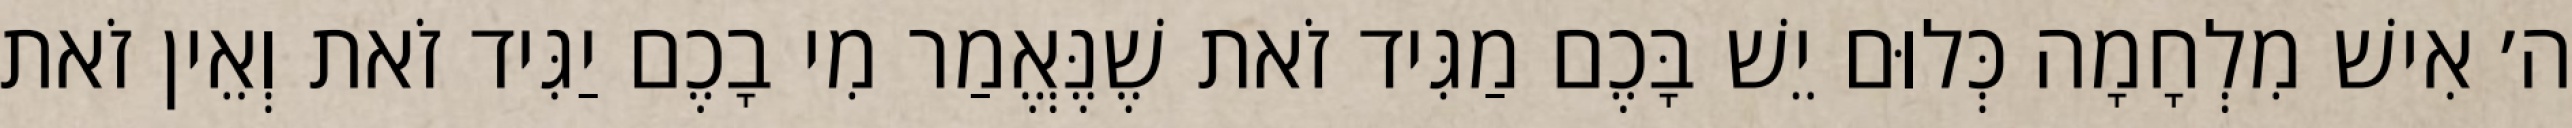
ה׳ אִישׁ מִלְחָמָה כְּלוּם יֵשׁ בָּכֶם מַגִּיד זֹאת שֶׁנֶּאֱמַר מִי בָכֶם יַגִּיד זֹאת וְאֵין זֹאת